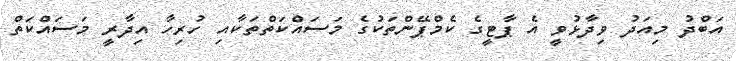
އަބްދު މިއަދު ވިދާޅުވީ އެ ޕާޓީގެ ކެމްޕޭންތަކުގެ މަސައްކަތްތަކާއި ހުރިހާ އިދާރީ މަސައްކަތް